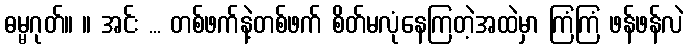
ဓမ္မဂုတ်။ ။ အင်း ... တစ်ဖက်နဲ့တစ်ဖက် စိတ်မလုံနေကြတဲ့အထဲမှာ ကြံကြံ ဖန်ဖန်လဲ